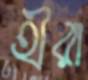
হীরা